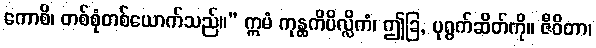
ကောစိ၊ တစ်စုံတစ်ယောက်သည်။” ဣမံ ကုန္ထကိပိလ္လိကံ၊ ဤခြ, ပုရွက်ဆိတ်ကို။ ဇီဝိတာ၊